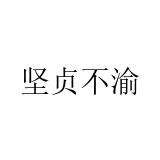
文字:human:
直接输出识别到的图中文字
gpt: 坚贞不渝